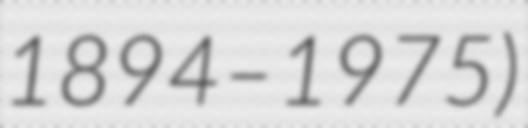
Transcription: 1894–1975)